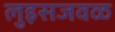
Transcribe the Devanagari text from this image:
लुइसजवळ